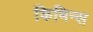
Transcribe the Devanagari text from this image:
किमिन्स